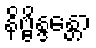
နိဗ္ဗိန္ဒန္တော